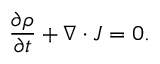
\frac { \partial \rho } { \partial t } + \boldsymbol { \nabla } \cdot \boldsymbol { J } = 0 .